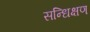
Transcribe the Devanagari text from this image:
सन्धिक्षण